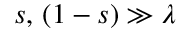
s , \, ( 1 - s ) \gg \lambda